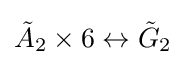
{\tilde {A}}_{2}\times 6\leftrightarrow {\tilde {G}}_{2}